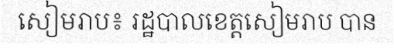
សៀមរាប៖ រដ្ឋបាលខេត្តសៀមរាប បាន